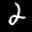
Label: 2